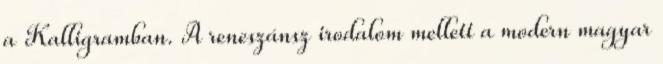
a Kalligramban. A reneszánsz irodalom mellett a modern magyar